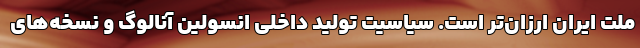
ملت ایران ارزان‌تر است. سیاسیت تولید داخلی انسولین آنالوگ و نسخه‌های